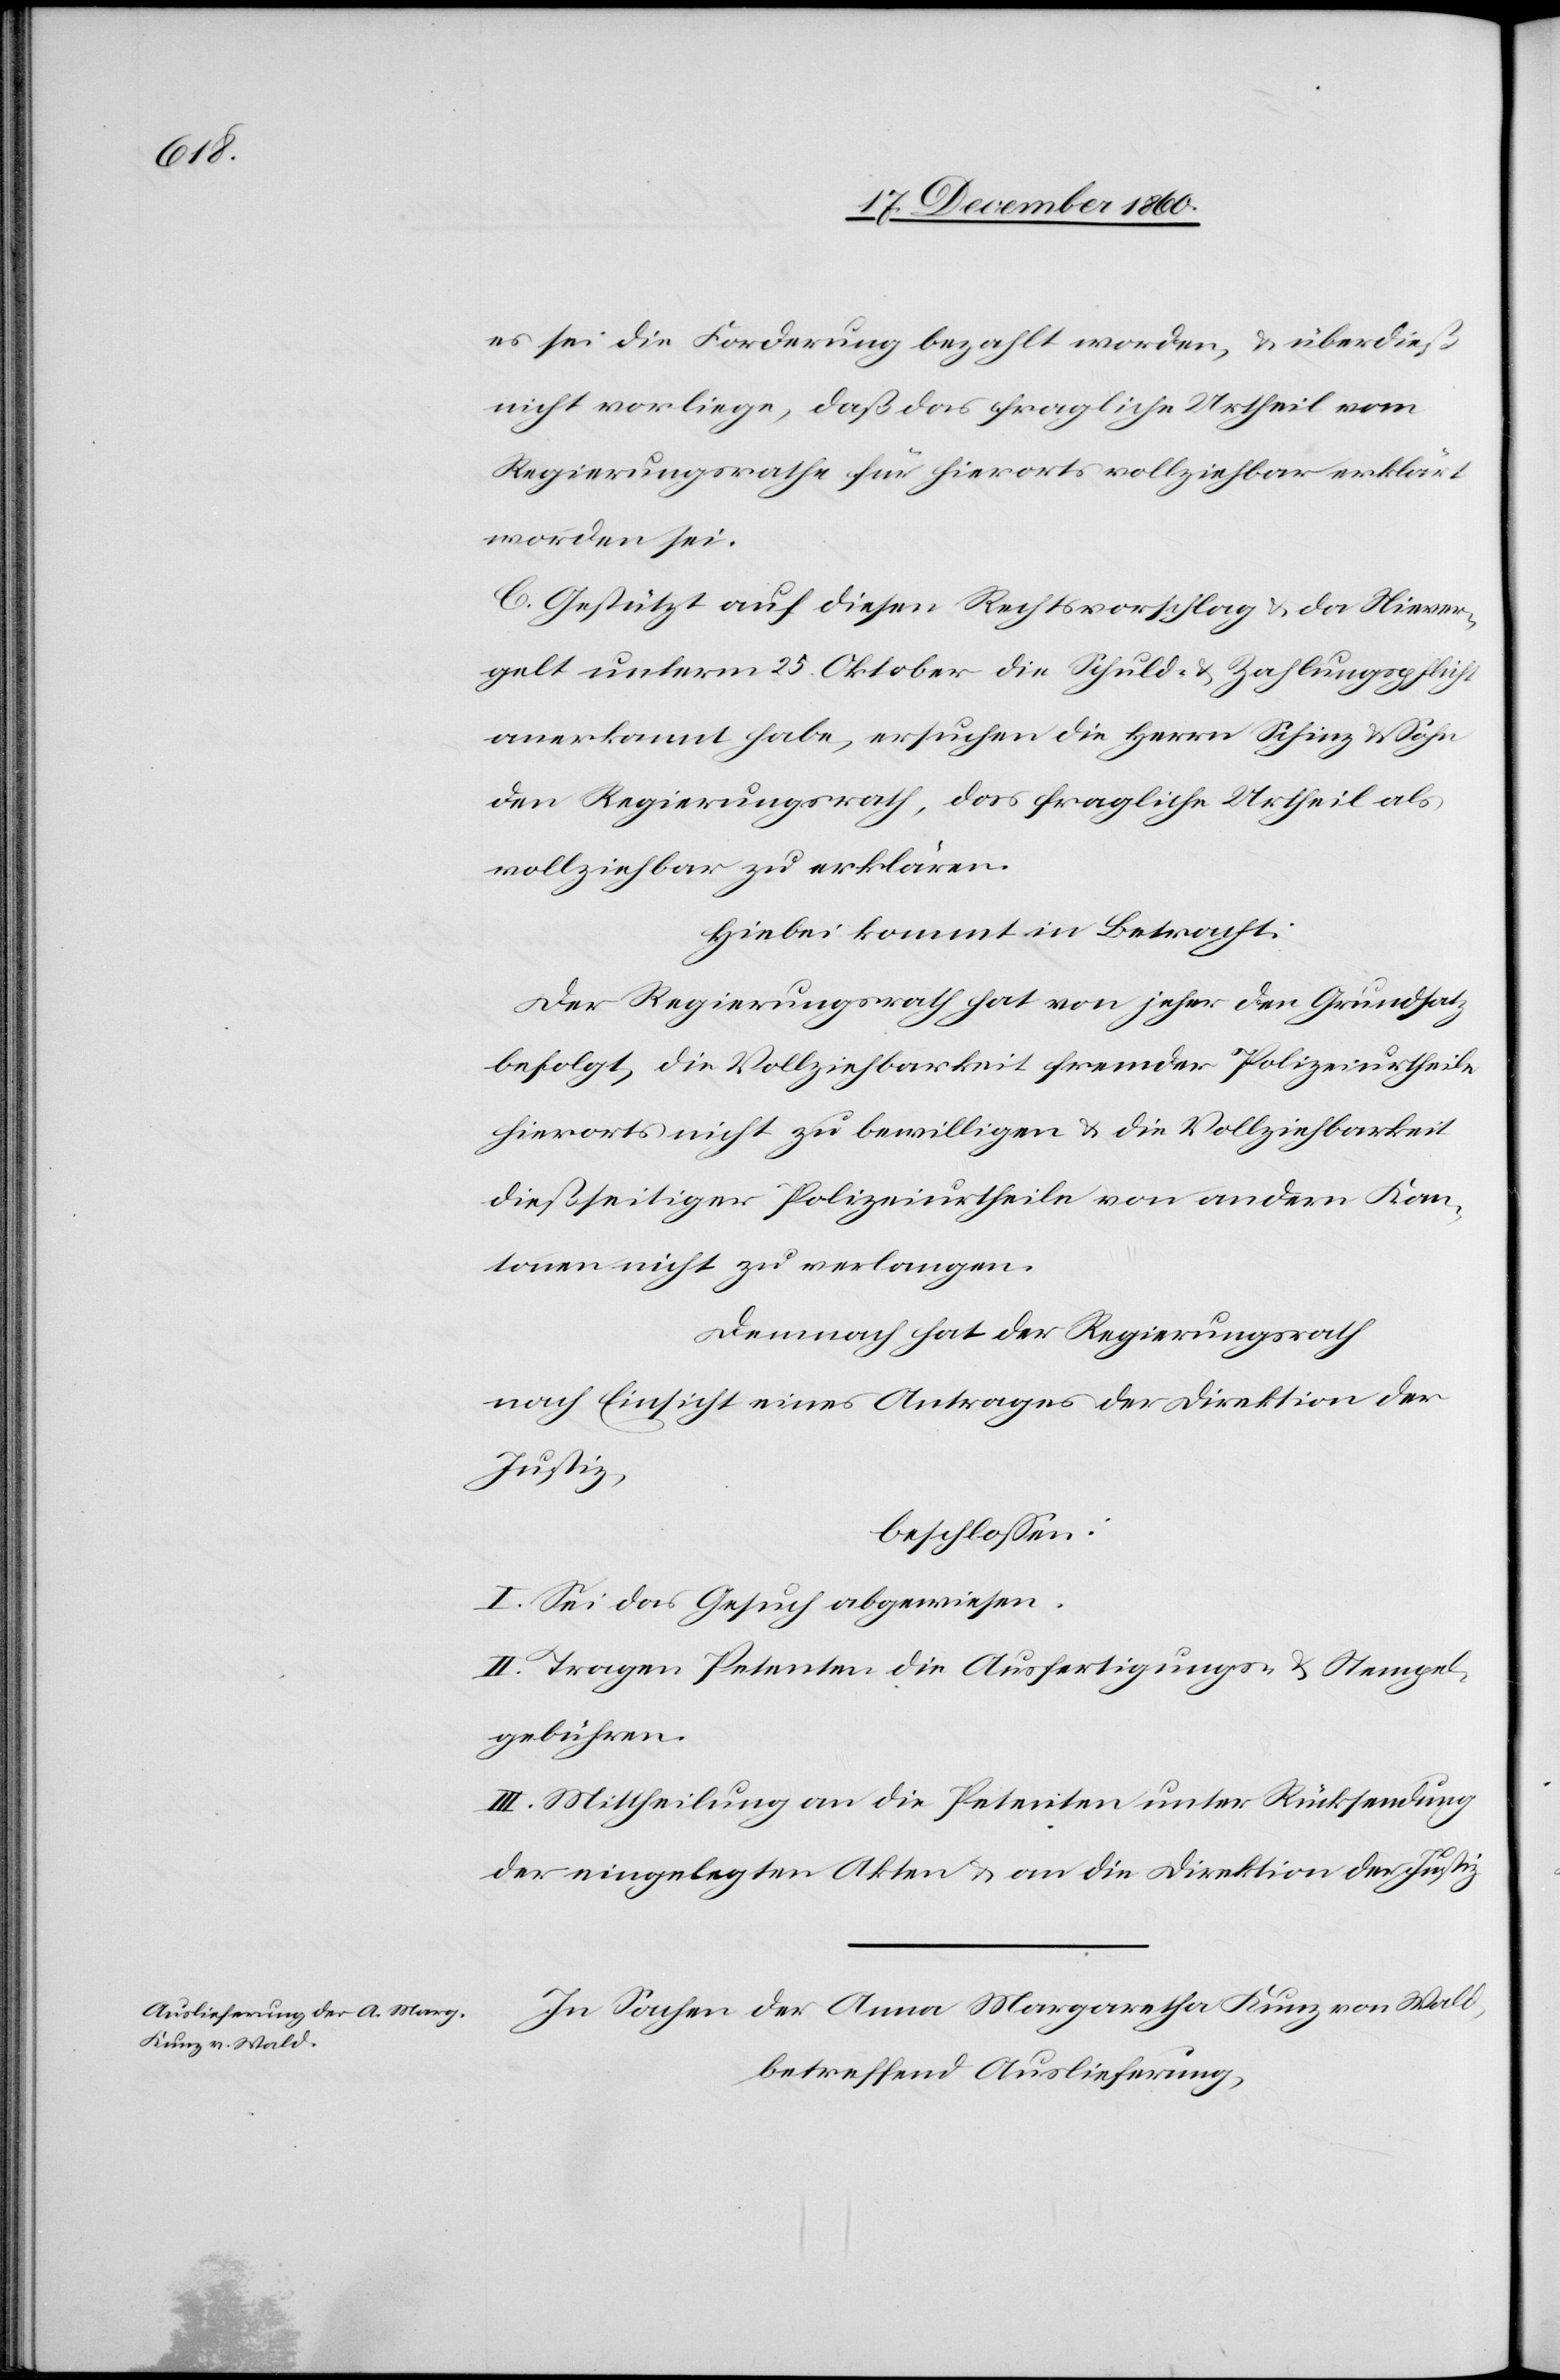
es sei die Forderung bezahlt worden, u. überdieß
nicht vorliege, daß das fragliche Urtheil vom
Regierungsrathe für hierorts vollziehbar erklärt
worden sei.
C. Gestützt auf diesen Rechtsvorschlag u. da Niever¬
gelt unterm 25. Oktober die Schuld- u. Zahlungspflicht
anerkannt habe, ersuchen die Herren Schinz & Sohn
den Regierungsrath, das fragliche Urtheil als
vollziehbar zu erklären.
Hiebei kommt in Betracht:
Der Regierungsrath hat von jeher den Grundsatz
befolgt, die Vollziehbarkeit fremder Polizeiurtheile
hierorts nicht zu bewilligen u. die Vollziehbarkeit
dießseitiger Polizeiurtheile von andern Kan¬
tonen nicht zu verlangen.
Demnach hat der Regierungsrath
nach Einsicht eines Antrages der Direkten der
Justiz,
beschlossen:
I. Sei das Gesuch abgewiesen.
II. Tragen Petenten die Ausfertigungs- u. Stempel¬
gebühren.
III. Mittheilung an die Petenten unter Rücksendung
der eingelegten Akten u. an die Direktion der Justiz.
In Sachen der Anna Margaretha Kunz von Wald,
betreffend Auslieferung,